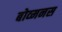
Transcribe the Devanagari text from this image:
बोव्मनस